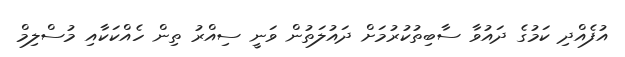
އުފެއްދި ކަމުގެ ދައުވާ ސާބިތުކުރުމަށް ދައުލަތުން ވަނީ ސިއްރު ތިން ހެއްކަކާއި މުސްލިމް